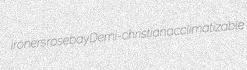
ironers rosebay Demi-christian acclimatizable